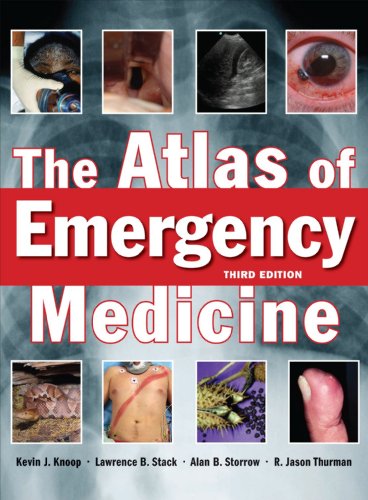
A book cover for The Atlas of Emergency Medicine, Third Edition; Kevin Knoop; Medical Books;